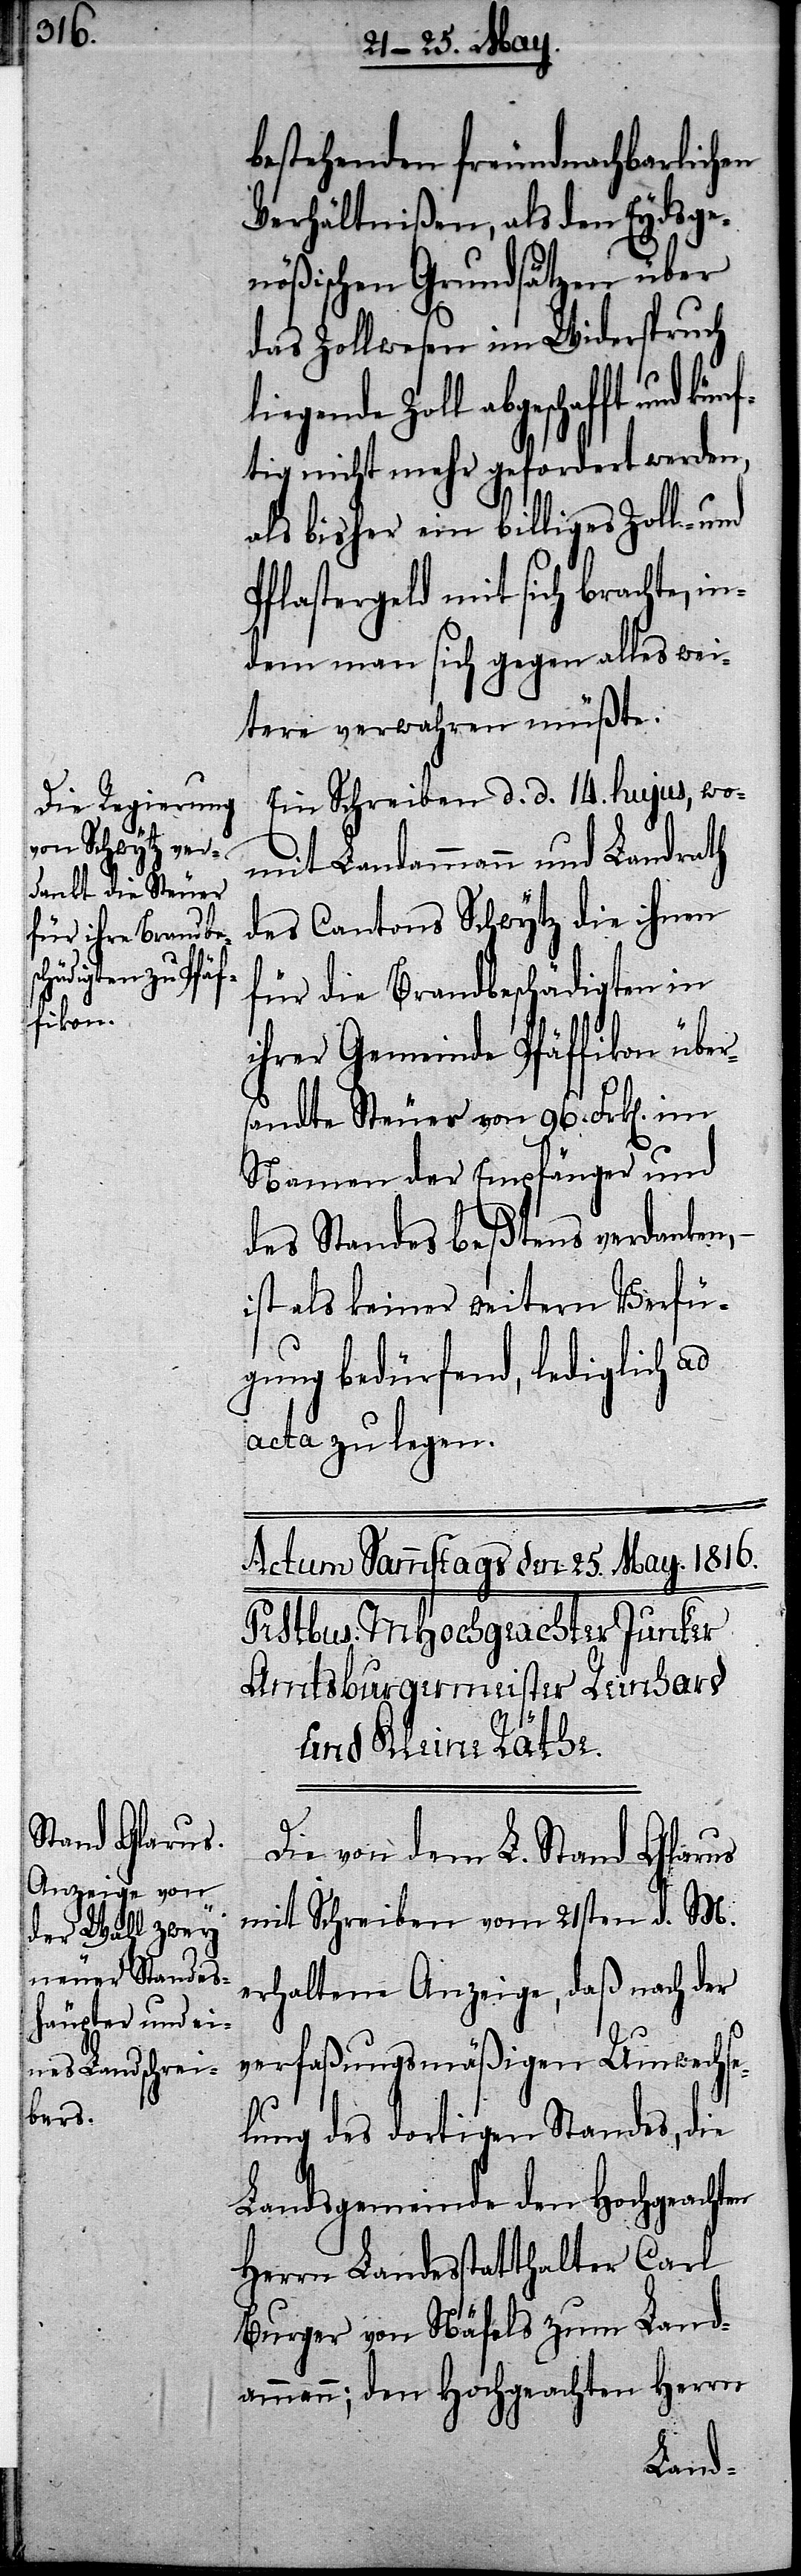
ft und künf¬

bestehenden freundnachbarlichen
Verhältnißen, als den Eydsge¬
nößischen Grundsätzen über
das Zollwesen im Widerspruch
tig nicht mehr gefordert werden,
als bisher ein billiges Zoll- und
Pflastergeld mit sich brachte, in¬
dem man sich gegen alles wei¬
tere verwahren müßte.
Ein Schreiben d. d. 14. hujus, wo¬
mit Landammann und Landrath
des Cantons Schwytz die ihnen
für die Brandbeschädigten in
ihrer Gemeinde Pfäffikon über¬
sandte Steuer von 96. Frk[en].
Namen der Empfänger und
des Standes Beßtens verdanken,
ist als keiner weitern Verfü¬
gung bedürfend, lediglich ad
acta zu legen.
Die von dem L. Stand Glarus
mit Schreiben vom 21sten d. M.
erhaltene Anzeige, daß nach der
verfaßungsmäßigen Umwechse¬
lung des dortigen Standes, die
Landsgemeinde den Hochgeachten
Herrn Landesstatthalter Carl
Burger von Näfels zum Land¬
ammann; den Hochgeachten Herrn